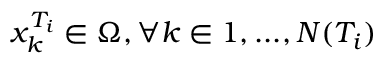
x _ { k } ^ { T _ { i } } \in \Omega , \forall k \in { 1 , . . . , N ( T _ { i } ) }